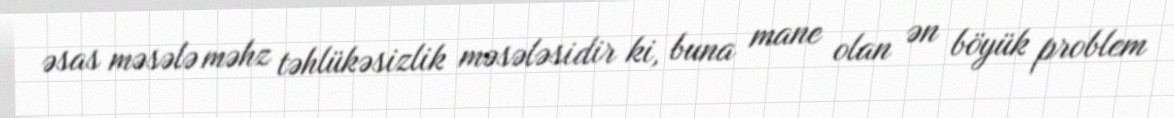
əsas məsələ məhz təhlükəsizlik məsələsidir ki, buna mane olan ən böyük problem